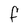
Character: F